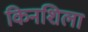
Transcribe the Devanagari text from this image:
किनशिला